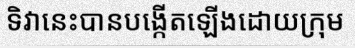
ទិវានេះបានបង្កើតឡើងដោយក្រុម